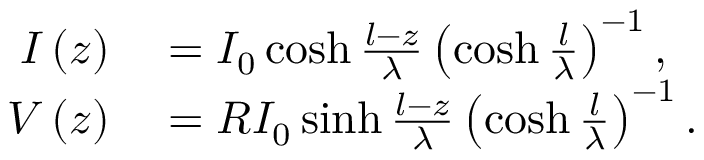
\begin{array} { r l } { I \left( z \right) } & { { } = I _ { 0 } \cosh \frac { l - z } { \lambda } \left( \cosh \frac { l } { \lambda } \right) ^ { - 1 } , } \\ { V \left( z \right) } & { { } = R I _ { 0 } \sinh \frac { l - z } { \lambda } \left( \cosh \frac { l } { \lambda } \right) ^ { - 1 } . } \end{array}